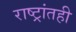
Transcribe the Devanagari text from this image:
राष्ट्रांतही